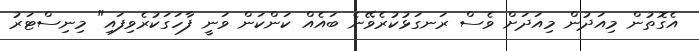
އެގޮތުން މިއަދުން މިއަދަށް ވެސް ރަނގަޅުކުރެވޭނެ ބައެއް ކަންކަން ވަނީ ފާހަގަކުރެވިފައި" މިނިސްޓަރު